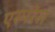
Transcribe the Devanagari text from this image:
एस्परेंस